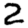
Digit: 2